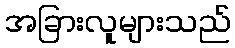
အခြားလူများသည်